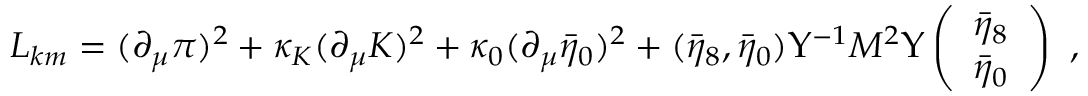
L _ { k m } = ( \partial _ { \mu } \pi ) ^ { 2 } + \kappa _ { K } ( \partial _ { \mu } K ) ^ { 2 } + \kappa _ { 0 } ( \partial _ { \mu } \bar { \eta } _ { 0 } ) ^ { 2 } + ( \bar { \eta } _ { 8 } , \bar { \eta } _ { 0 } ) \Upsilon ^ { - 1 } { \cal M } ^ { 2 } \Upsilon \left( \begin{array} { c } { { \bar { \eta } _ { 8 } } } \\ { { \bar { \eta } _ { 0 } } } \end{array} \right) ~ ,